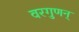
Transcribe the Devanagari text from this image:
वरगुणन्